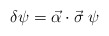
\begin{align*}\delta \psi = \vec{ \alpha}\cdot\vec{\sigma}\;\psi\end{align*}